Vaccine operations Central Provinces 1868-1885 - 1868-1885
Year: 1868
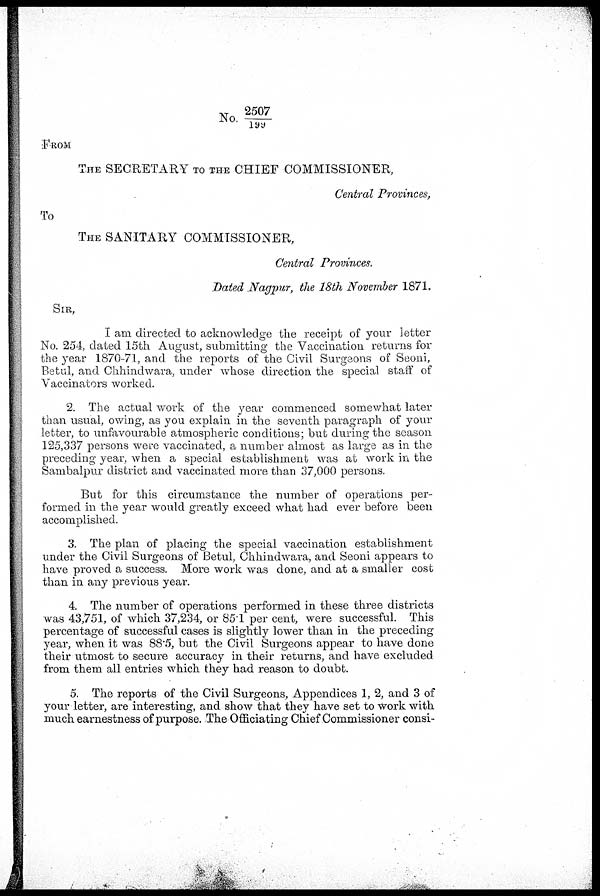
No. 2507/199
FROM
THE SECRETARY TO THE CHIEF COMMISSIONER,
Central Provinces,
To
THE SANITARY COMMISSIONER,
Central Provinces.
Dated Nagpur, the 18th November 1871.
SIR,
I am directed to acknowledge the receipt of your letter
No. 254, dated 15th August, submitting the Vaccination returns for
the year 1870-71, and the reports of the Civil Surgeons of Seoni,
Betul, and Chhindwara, under whose direction the special staff of
Vaccinators worked.
2. The actual work of the year commenced somewhat later
than usual, owing, as you explain in the seventh paragraph of your
letter, to unfavourable atmospheric conditions; but during the season
125,337 persons were vaccinated, a number almost as large as in the
preceding year, when a special establishment was at work in the
Sambalpur district and vaccinated more than 37,000 persons.
But for this circumstance the number of operations per-
formed in the year would greatly exceed what had ever before been
accomplished.
3. The plan of placing the special vaccination establishment
under the Civil Surgeons of Betul, Chhindwara, and Seoni appears to
have proved a success. More work was done, and at a smaller cost
than in any previous year.
4. The number of operations performed in these three districts
was 43,751, of which 37,234, or 85.1 per cent, were successful. This
percentage of successful cases is slightly lower than in the preceding
year, when it was 88.5, but the Civil Surgeons appear to have done
their utmost to secure accuracy in their returns, and have excluded
from them all entries which they had reason to doubt.
5. The reports of the Civil Surgeons, Appendices 1, 2, and 3 of
your letter, are interesting, and show that they have set to work with
much earnestness of purpose. The Officiating Chief Commissioner consi-